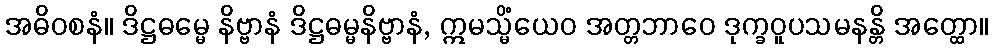
အဓိဝစနံ။ ဒိဋ္ဌဓမ္မေ နိဗ္ဗာနံ ဒိဋ္ဌဓမ္မနိဗ္ဗာနံ, ဣမသ္မိံယေဝ အတ္တဘာဝေ ဒုက္ခဝူပသမနန္တိ အတ္ထော။